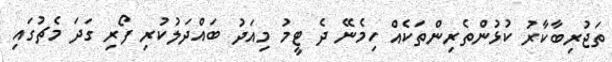
ތަޖުރިބާކާރު ކުޅުންތެރިންތަކެއް ހިމެނޭ ދެ ޓީމު މިއަދު ބައްދަލުކުރި ފޯރި ގަދަ މެޗުގައި